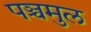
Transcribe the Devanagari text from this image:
पञ्चमुल